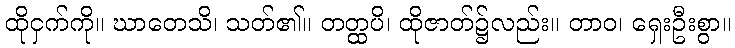
ထိုငှက်ကို။ ဃာတေသိ၊ သတ်၏။ တတ္ထပိ၊ ထိုဇာတ်၌လည်း။ တာဝ၊ ရှေးဦးစွာ။